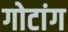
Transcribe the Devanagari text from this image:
गोटांग